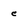
Character: c